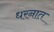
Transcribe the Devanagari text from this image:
धरनात